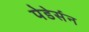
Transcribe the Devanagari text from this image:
पेडेर्सन